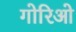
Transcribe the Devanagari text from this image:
गोरिओ